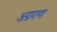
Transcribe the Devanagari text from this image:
अग्रगण